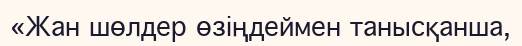
«Жан шөлдер өзіңдеймен танысқанша,